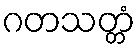
ဂတသတ္တံ